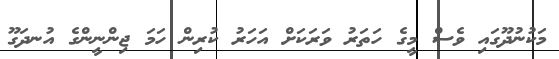
މަކުނުދޫގައި ވެސް މީގެ ހަތަރު ވަރަކަށް އަހަރު ކުރިން ހަމަ ޖިންނީންގެ އުނދަގޫ